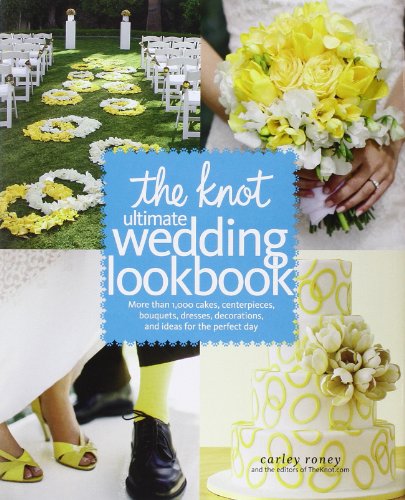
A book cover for The Knot Ultimate Wedding Lookbook: More Than 1,000 Cakes, Centerpieces, Bouquets, Dresses, Decorations, and Ideas for the Perfect Day; Carley Roney; Crafts, Hobbies & Home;